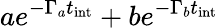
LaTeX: ae^{-\Gamma_{a}t_{\mathrm{int}}}+be^{-\Gamma_{b}t_{\mathrm{int}}}